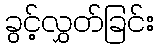
ခွင့်လွှတ်ခြင်း